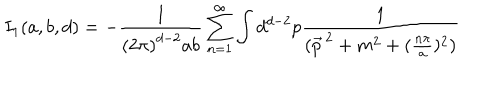
I _ { 1 } ( a , b , d ) = - \frac { 1 } { \left( 2 \pi \right) ^ { d - 2 } a b } \sum _ { n = 1 } ^ { \infty } \int d ^ { d - 2 } p \frac { 1 } { ( \vec { p } ^ { \, 2 } + m ^ { 2 } + ( \frac { n \pi } { a } ) ^ { 2 } ) }